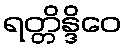
ရတ္တိန္ဒိဝေ